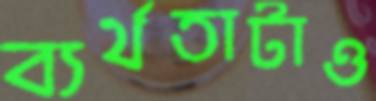
ব্যর্থতাটাও